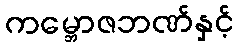
ကမ္ဘောဇဘဏ်နှင့်